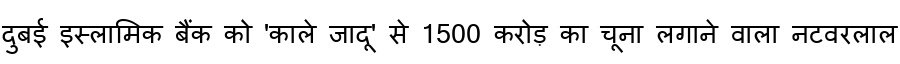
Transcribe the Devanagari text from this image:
दुबई इस्लामिक बैंक को 'काले जादू' से 1500 करोड़ का चूना लगाने वाला नटवरलाल